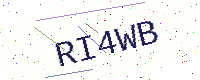
Text: RI4WB